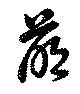
萌